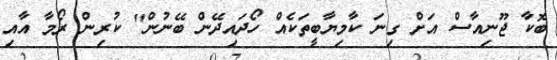
ބޮކާ ޖޫނިއާސް އަށް ގިނަ ކާމިޔާބީތަކެއް ހޯދައިދޭން ބޭނުން" ކުރިން ރޯމާ އާއި